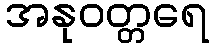
အနုဝတ္တရေ